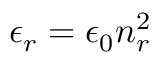
\epsilon _ { r } = \epsilon _ { 0 } n _ { r } ^ { 2 }